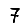
Digit: 7